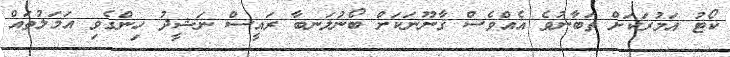
ކޯޓު އަމުރަކަށް ތަބާނުވެ އެއްވެސް ޤާނޫނަކަށް ބޯނުލަނބާ ރައީސް ނަޝީދު ހިންގެވި އަމަލުތައް